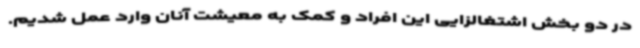
در دو بخش اشتغالزایی این افراد و کمک به معیشت آنان وارد عمل شدیم.